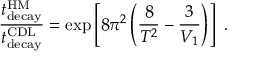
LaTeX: { \frac { t _ { \mathrm { d e c a y } } ^ { \mathrm { H M } } } { t _ { \mathrm { d e c a y } } ^ { \mathrm { C D L } } } } = \exp \left[ 8 \pi ^ { 2 } \left( { \frac { 8 } { T ^ { 2 } } } - { \frac { 3 } { V _ { 1 } } } \right) \right] \ .